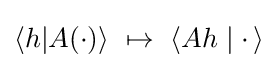
\langle h|A(\cdot )\rangle ~\mapsto ~\langle Ah\mid \cdot \,\rangle